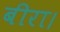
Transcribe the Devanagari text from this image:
बीरा।